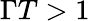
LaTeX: \Gamma T>1